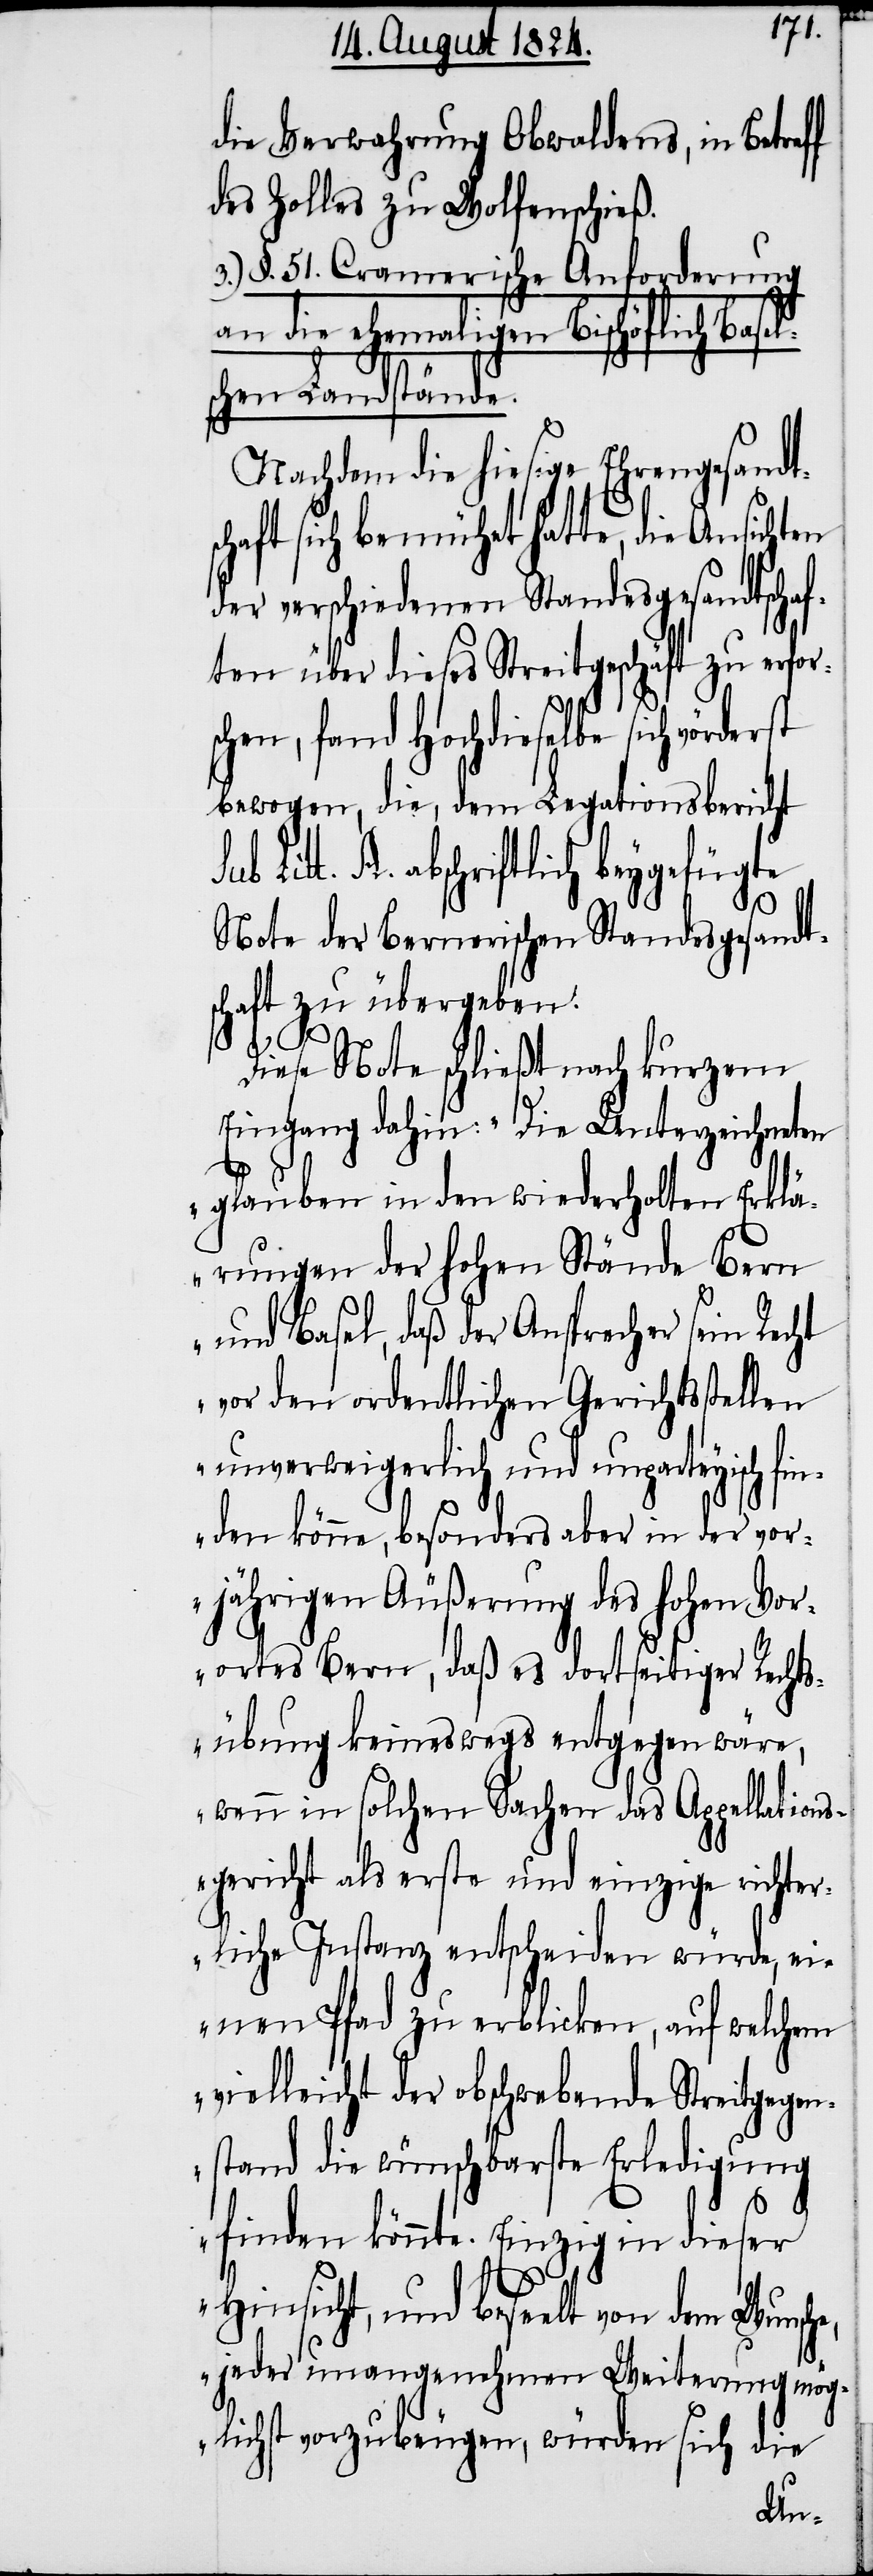
die Verwahrung Obwaldens, in Betre¬
des Zolles zu Wolfenschieß.
3.) §. 51. Cramerische Anforderung
an die ehemaligen Bischöflich Basel¬
schen Landstände.
Nachdem die hiesige Ehrengesandt¬
haft sich bemühet hatte, die Ansi¬
der verschiedenen Standesgesandtsch¬
ten über dieses Streitgeschäft zu erfor¬
schen, fand Hochdieselbe sich vör¬
bewogen, die dem Legationsbericht
t. A. abschriftlich beygefügte
Note der Bernerischen Standesgesandt¬
schaft zu übergeben.
Diese Note schließt nach kurzem
Eingang dahin: „Die Unterzeichneten
ff
glauben in den wiederholten Er¬
Bern
rungen der hohen Stände
und Basel, daß der Ansprecher sein Recht
vor den ordentlichen Gerichts¬
unverweigerlich und unpar¬
Stre¬
nden könne, besonders aber in der vor¬
jährigen Äußerung des hohen Vor¬
ortes Bern, daß es dortseitiger Rech¬
tsübung keineswegs entgegen wäre,
wenn in solchen Sachen das Appe¬
sgericht als erste und ei¬
richter¬
liche Instanz entscheiden
einen Pfad zu erblicken, auf welchem
vielleicht der obschwebende
itgegen¬
stand die wünschbarste Erledigung
finden könnte. Einzig in dieser
Hinsicht, und beseelt von
sich
jeder unangenehm¬
en Weiterung mög¬
lichst vorzubeugen,
die